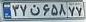
۳۷ن۶۵۸۷۷